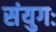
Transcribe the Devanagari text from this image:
संयुगः